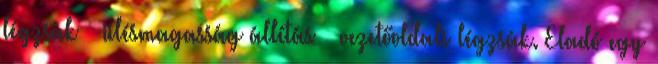
légzsák – ülésmagasság állítás – vezetőoldali légzsák. Eladó egy